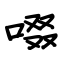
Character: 啜